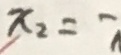
x _ { 2 } = -